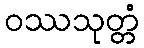
ဝဿသုတ္တံ